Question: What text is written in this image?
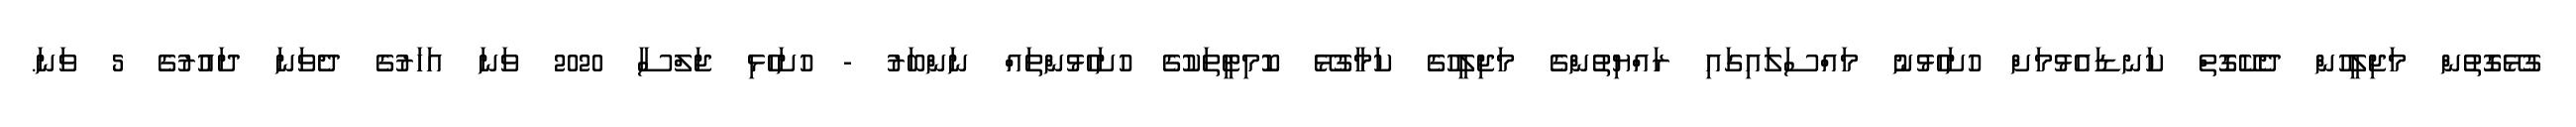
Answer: ގުޅޭގޮތުން މަޖިލީހުން ދެކޭގޮތް ކަނޑައެޅުމަށް ހުށަހެޅުނު މައްސަލައިގައި ރައްޔިތުންގެ މަޖިލީހުގެ ކަމާގުޅޭ ކޮމިޓީތަކުގެ ހުށަހެޅުންތައް ނަންބަރު - ހުށަހެޅި ޖަލްސާ 2020 ވަނަ އަހަރުގެ ދެވަނަ ދައުރުގެ 5 ވަނަ.